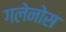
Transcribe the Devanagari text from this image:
गलेनोस